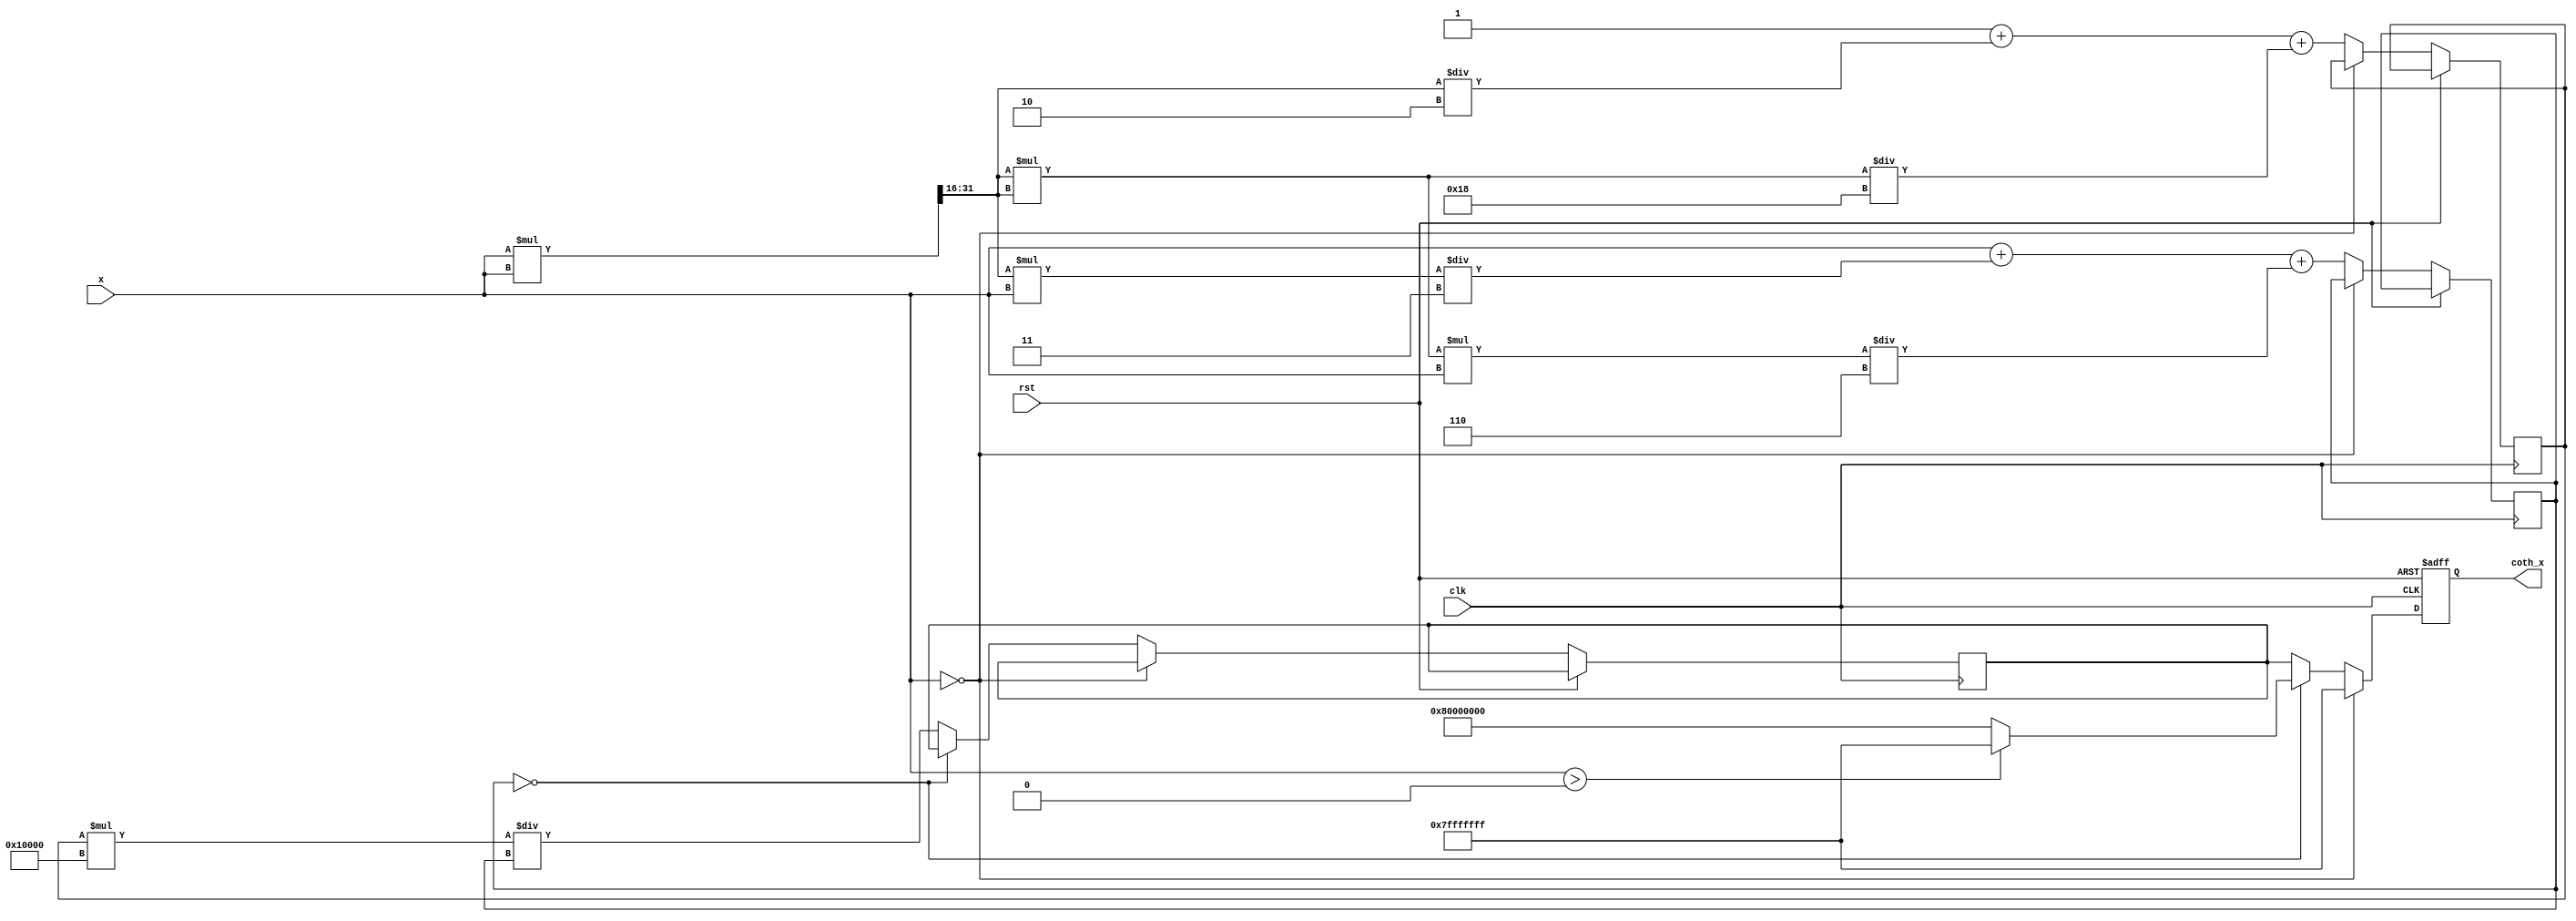
module hyperbolic_cotangent (
    input  wire [31:0] x,        // 16 bits integer part, 16 bits fractional part
    output reg  [31:0] coth_x,   // 16 bits integer part, 16 bits fractional part
    input  wire clk,
    input  wire rst
);

    // Constants for fixed-point representation
    parameter FIXED_POINT_FRACTIONAL_BITS = 16;
    parameter FIXED_POINT_INTEGER_BITS = 16;
    parameter MAX_VALUE = 32'h7FFFFFFF; // Maximum positive value
    parameter MIN_VALUE = 32'h80000000; // Maximum negative value

    // Internal signals
    reg [31:0] sinh_x;
    reg [31:0] cosh_x;
    reg [31:0] temp_coth;

    // Function to compute sinh(x) using Taylor series expansion
    function [31:0] sinh;
        input [31:0] x;
        reg [31:0] x_squared;
        begin
            x_squared = (x * x) >> FIXED_POINT_FRACTIONAL_BITS; // x^2
            sinh = x + (x_squared * x) / 3 + (x_squared * x_squared * x) / 6; // Taylor series
        end
    endfunction

    // Function to compute cosh(x) using Taylor series expansion
    function [31:0] cosh;
        input [31:0] x;
        reg [31:0] x_squared;
        begin
            x_squared = (x * x) >> FIXED_POINT_FRACTIONAL_BITS; // x^2
            cosh = 1 + (x_squared / 2) + (x_squared * x_squared) / 24; // Taylor series
        end
    endfunction

    // Compute coth(x) = cosh(x) / sinh(x)
    always @(posedge clk or posedge rst) begin
        if (rst) begin
            coth_x <= 32'b0;
        end else begin
            if (x == 32'b0) begin
                // Handle the case where x = 0
                coth_x <= MAX_VALUE; // or MIN_VALUE based on direction
            end else begin
                sinh_x <= sinh(x);
                cosh_x <= cosh(x);
                
                // Check for overflow/underflow
                if (sinh_x == 32'b0) begin
                    coth_x <= (x > 32'b0) ? MAX_VALUE : MIN_VALUE; // Avoid division by zero
                end else begin
                    temp_coth <= (cosh_x * (1 << FIXED_POINT_FRACTIONAL_BITS)) / sinh_x; // Fixed-point division
                    coth_x <= temp_coth;
                end
            end
        end
    end

endmodule